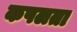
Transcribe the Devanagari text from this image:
कपलता